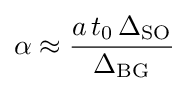
\alpha \approx {a\,t_{0}\,\Delta _{\mathrm {SO} } \over \Delta _{\mathrm {BG} }}